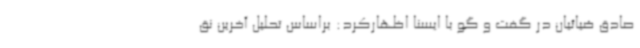
صادق ضیائیان در گفت و گو با ایسنا اظهارکرد: براساس تحلیل آخرین نق